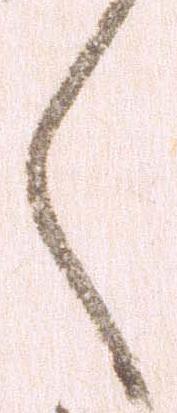
く